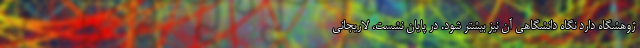
ژوهشگاه دارد نگاه دانشگاهی آن نیز بیشتر شود. در پایان نشست، لاریجانی